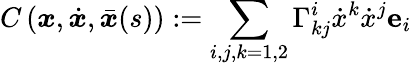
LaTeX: C\left(\boldsymbol x,\dot{\boldsymbol x},\bar{\boldsymbol{x}}(s)\right):=\sum_{i,j,k=1,2}\Gamma_{kj}^{i}\dot{x}^{k}\dot{x}^{j}\mathbf{e}_{i}